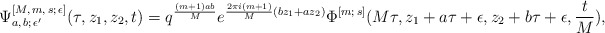
\begin{align*}\Psi^{[M,\, m,\, s;\,\epsilon]}_{a,\, b;\,\epsilon^{\prime}} (\tau,z_1,z_2,t) = q^{\frac{(m+1)ab}{M}} e^{\frac{2\pi i (m+1)}{M} (bz_1+az_2)} \Phi^{[m;\,s]} (M\tau, z_1+a\tau+\epsilon, z_2+b\tau+\epsilon, \frac{t}{M}),\end{align*}